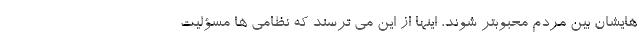
هایشان بین مردم محبوبتر شوند، اینها از این می ترسند که نظامی ها مسؤلیت